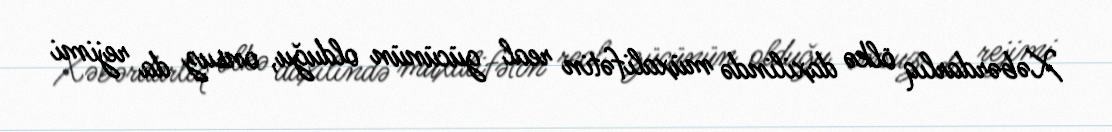
Xəbərdarlıq ölkə daxilində müxalifətin real gücünün olduğu, onsuz da rejimi